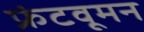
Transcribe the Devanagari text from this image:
फ्रंटवूमन